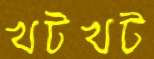
খটখট